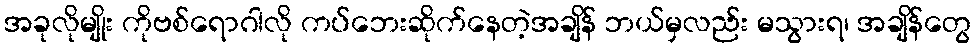
အခုလိုမျိုး ကိုဗစ်ရောဂါလို ကပ်ဘေးဆိုက်နေတဲ့အချိန် ဘယ်မှလည်း မသွားရ၊ အချိန်တွေ